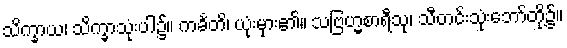
သိက္ခာယ၊ သိက္ခာသုံးပါ၌။ ကင်္ခတိ၊ ယုံးမှား၏။ သဗြဟ္မစာရီသု၊ သီတင်းသုံးဘော်တို့၌။